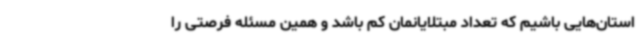
استان‌هایی باشیم که تعداد مبتلایانمان کم باشد و همین مسئله فرصتی را